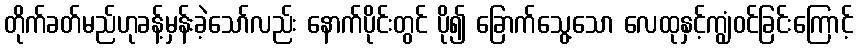
တိုက်ခတ်မည်ဟုခန့်မှန်းခဲ့သော်လည်း နောက်ပိုင်းတွင် ပို၍ ခြောက်သွေ့သော လေထုနှင့်ကျွံဝင်ခြင်းကြောင့်